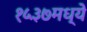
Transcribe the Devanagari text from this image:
१५३७मध्ये